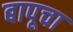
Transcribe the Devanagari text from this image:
बापूचा